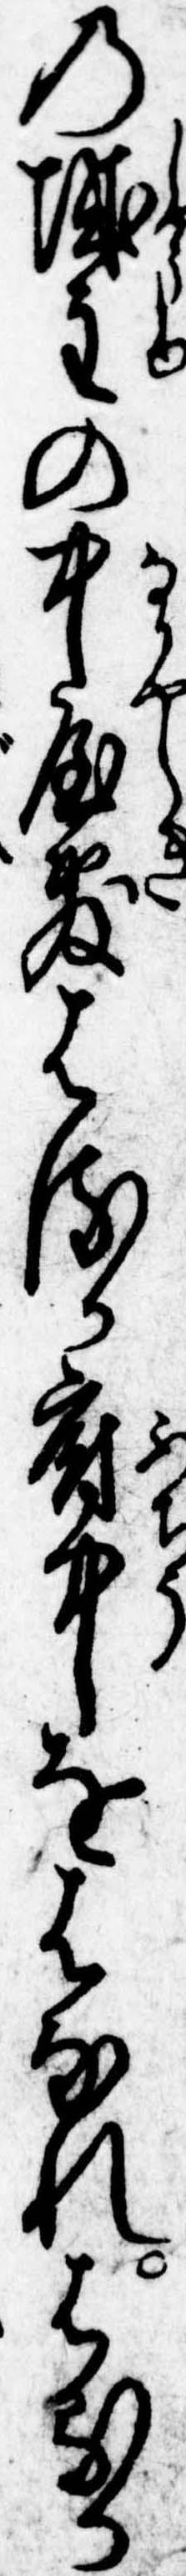
の城主の中屋敷はるか府中をはなれはるか